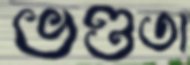
ভণ্ডতা